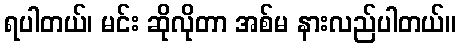
ရပါတယ်၊ မင်း ဆိုလိုတာ အစ်မ နားလည်ပါတယ်။